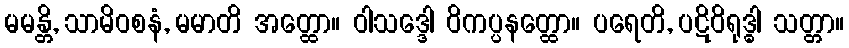
မမန္တိ, သာမိဝစနံ, မမာတိ အတ္ထော။ ဝါသဒ္ဒေါ ဝိကပ္ပနတ္ထော။ ပရေတိ, ပဋိဝိရုဒ္ဓါ သတ္တာ။